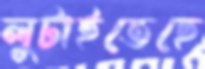
লুটাইতেছে